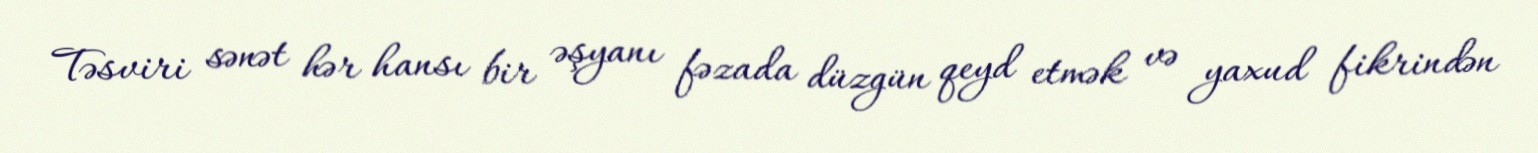
Təsviri sənət hər hansı bir əşyanı fəzada düzgün qeyd etmək və yaxud fikrindən